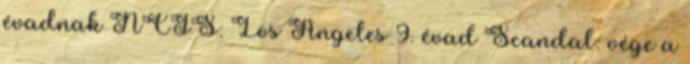
évadnak NCIS: Los Angeles 9. évad Scandal: vége a